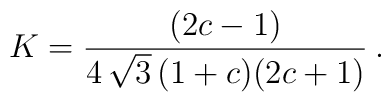
K = \frac{(2c-1)}{4\,\sqrt{3} \,(1+c)(2c+1)} \:.